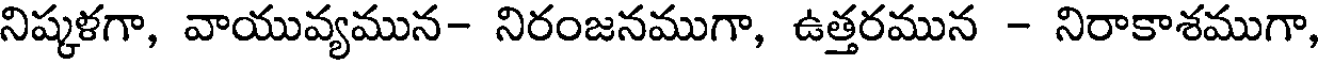
నిష్కళగా, వాయువ్యమున- నిరంజనముగా, ఉత్తరమున - నిరాకాశముగా,